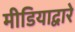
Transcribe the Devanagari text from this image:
मीडियाद्वारे